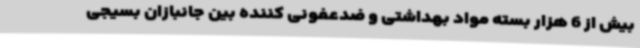
بیش از 6 هزار بسته مواد بهداشتی و ضدعفونی کننده بین جانبازان بسیجی